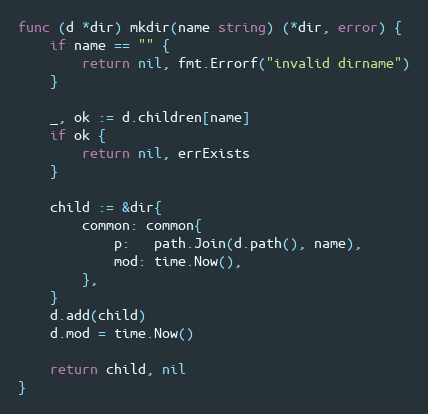
Language: Go
func (d *dir) mkdir(name string) (*dir, error) {
	if name == "" {
		return nil, fmt.Errorf("invalid dirname")
	}

	_, ok := d.children[name]
	if ok {
		return nil, errExists
	}

	child := &dir{
		common: common{
			p:   path.Join(d.path(), name),
			mod: time.Now(),
		},
	}
	d.add(child)
	d.mod = time.Now()

	return child, nil
}